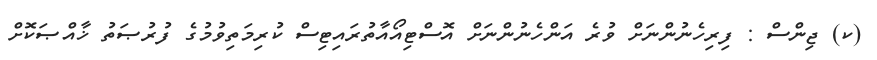
(ކ) ޖިންސް : ފިރިހެނުންނަށް ވުރެ އަންހެނުންނަށް އޮސްޓިއޯއާތުރައިޓިސް ކުރިމަތިވުމުގެ ފުރުޞަތު ޚާއްޞަކޮށް